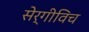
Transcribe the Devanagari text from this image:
सेर्गीविच